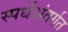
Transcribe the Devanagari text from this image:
स्पर्धेअंतर्गत